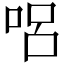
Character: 𠴊